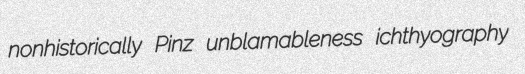
nonhistorically Pinz unblamableness ichthyography